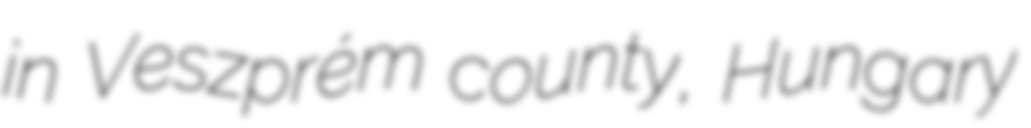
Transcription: in Veszprém county, Hungary